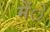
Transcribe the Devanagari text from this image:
मेंे